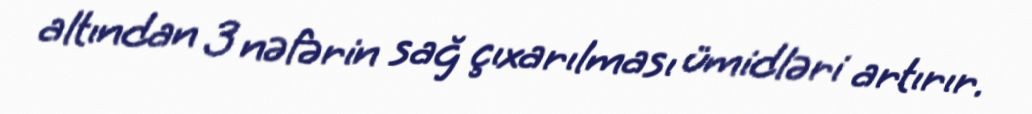
altından 3 nəfərin sağ çıxarılması ümidləri artırır.